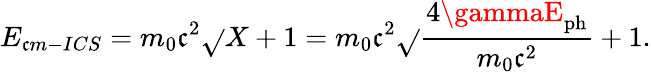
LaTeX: E_{\mathfrak{c}m-ICS}=m_{0}\mathfrak{c}^{2}\sqrt{}{{X+1}}=m_{0}\mathfrak{c}^{2}\sqrt{}{{\frac{{4\gammaE_{\mathrm{{ph}}}}}{{m_{0}\mathfrak{c}^{2}}}+1}}.